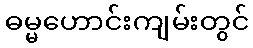
ဓမ္မဟောင်းကျမ်းတွင်